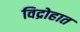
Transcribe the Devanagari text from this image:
विद्रोहात